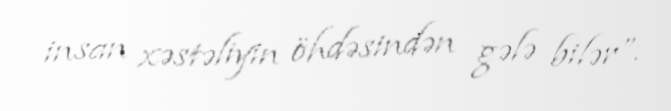
insan xəstəliyin öhdəsindən gələ bilər”.